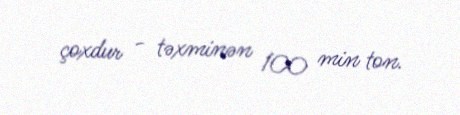
çoxdur - təxminən 100 min ton.